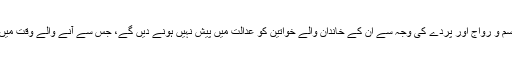
گمان کیا جاسکتا ہے کہ سخت رسم و رواج اور پردے کی وجہ سے ان کے خاندان والے خواتین کو عدالت میں پیش نہیں ہونے دیں گے، جس سے آنے والے وقت میں بہت سارے مسائل پیدا ہوں گے۔